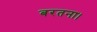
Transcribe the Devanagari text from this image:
बरतना।